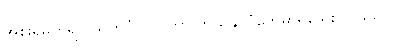
အစိုးရမတူရင် သတ်ပုံပါပြင်တာ ဘယ်နိုင်ငံတွေမှာရှိသေးလဲ မသိပါ။